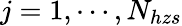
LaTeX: j=1,\cdots,N_{hzs}